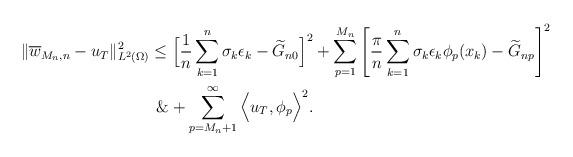
LaTeX: \begin{align*}\|\overline w_{M_n,n}- { u}_T\|^2_{L^2(\Omega)} \le \Big[ \dfrac{1}{n}\sum_{k=1}^n \sigma_k \epsilon_k - \widetilde {G}_{n0} \Big]^2&+\sum_{p=1}^{M_n} \Bigg[ \dfrac{\pi}{n} \sum_{k=1}^n \sigma_k \epsilon_k \phi_p(x_k) - \widetilde {G}_{np} \Bigg]^2\\\&+ \sum_{p=M_n+1}^\infty \Big<{ u}_T, \phi_p\Big>^2. \end{align*}